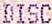
DISC